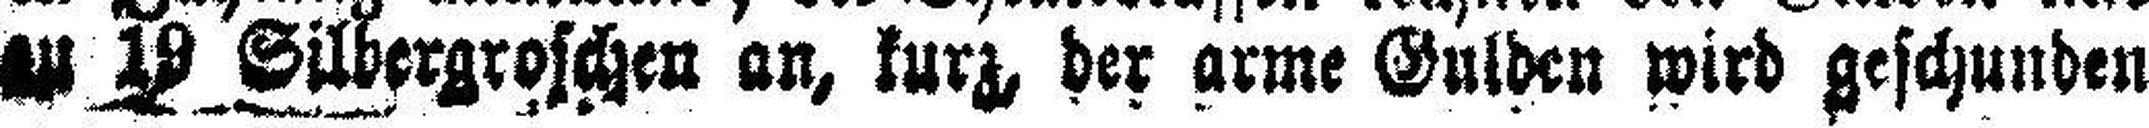
zu 19 Silbergroschen an, kurz, der arme Gulden wird geschunden